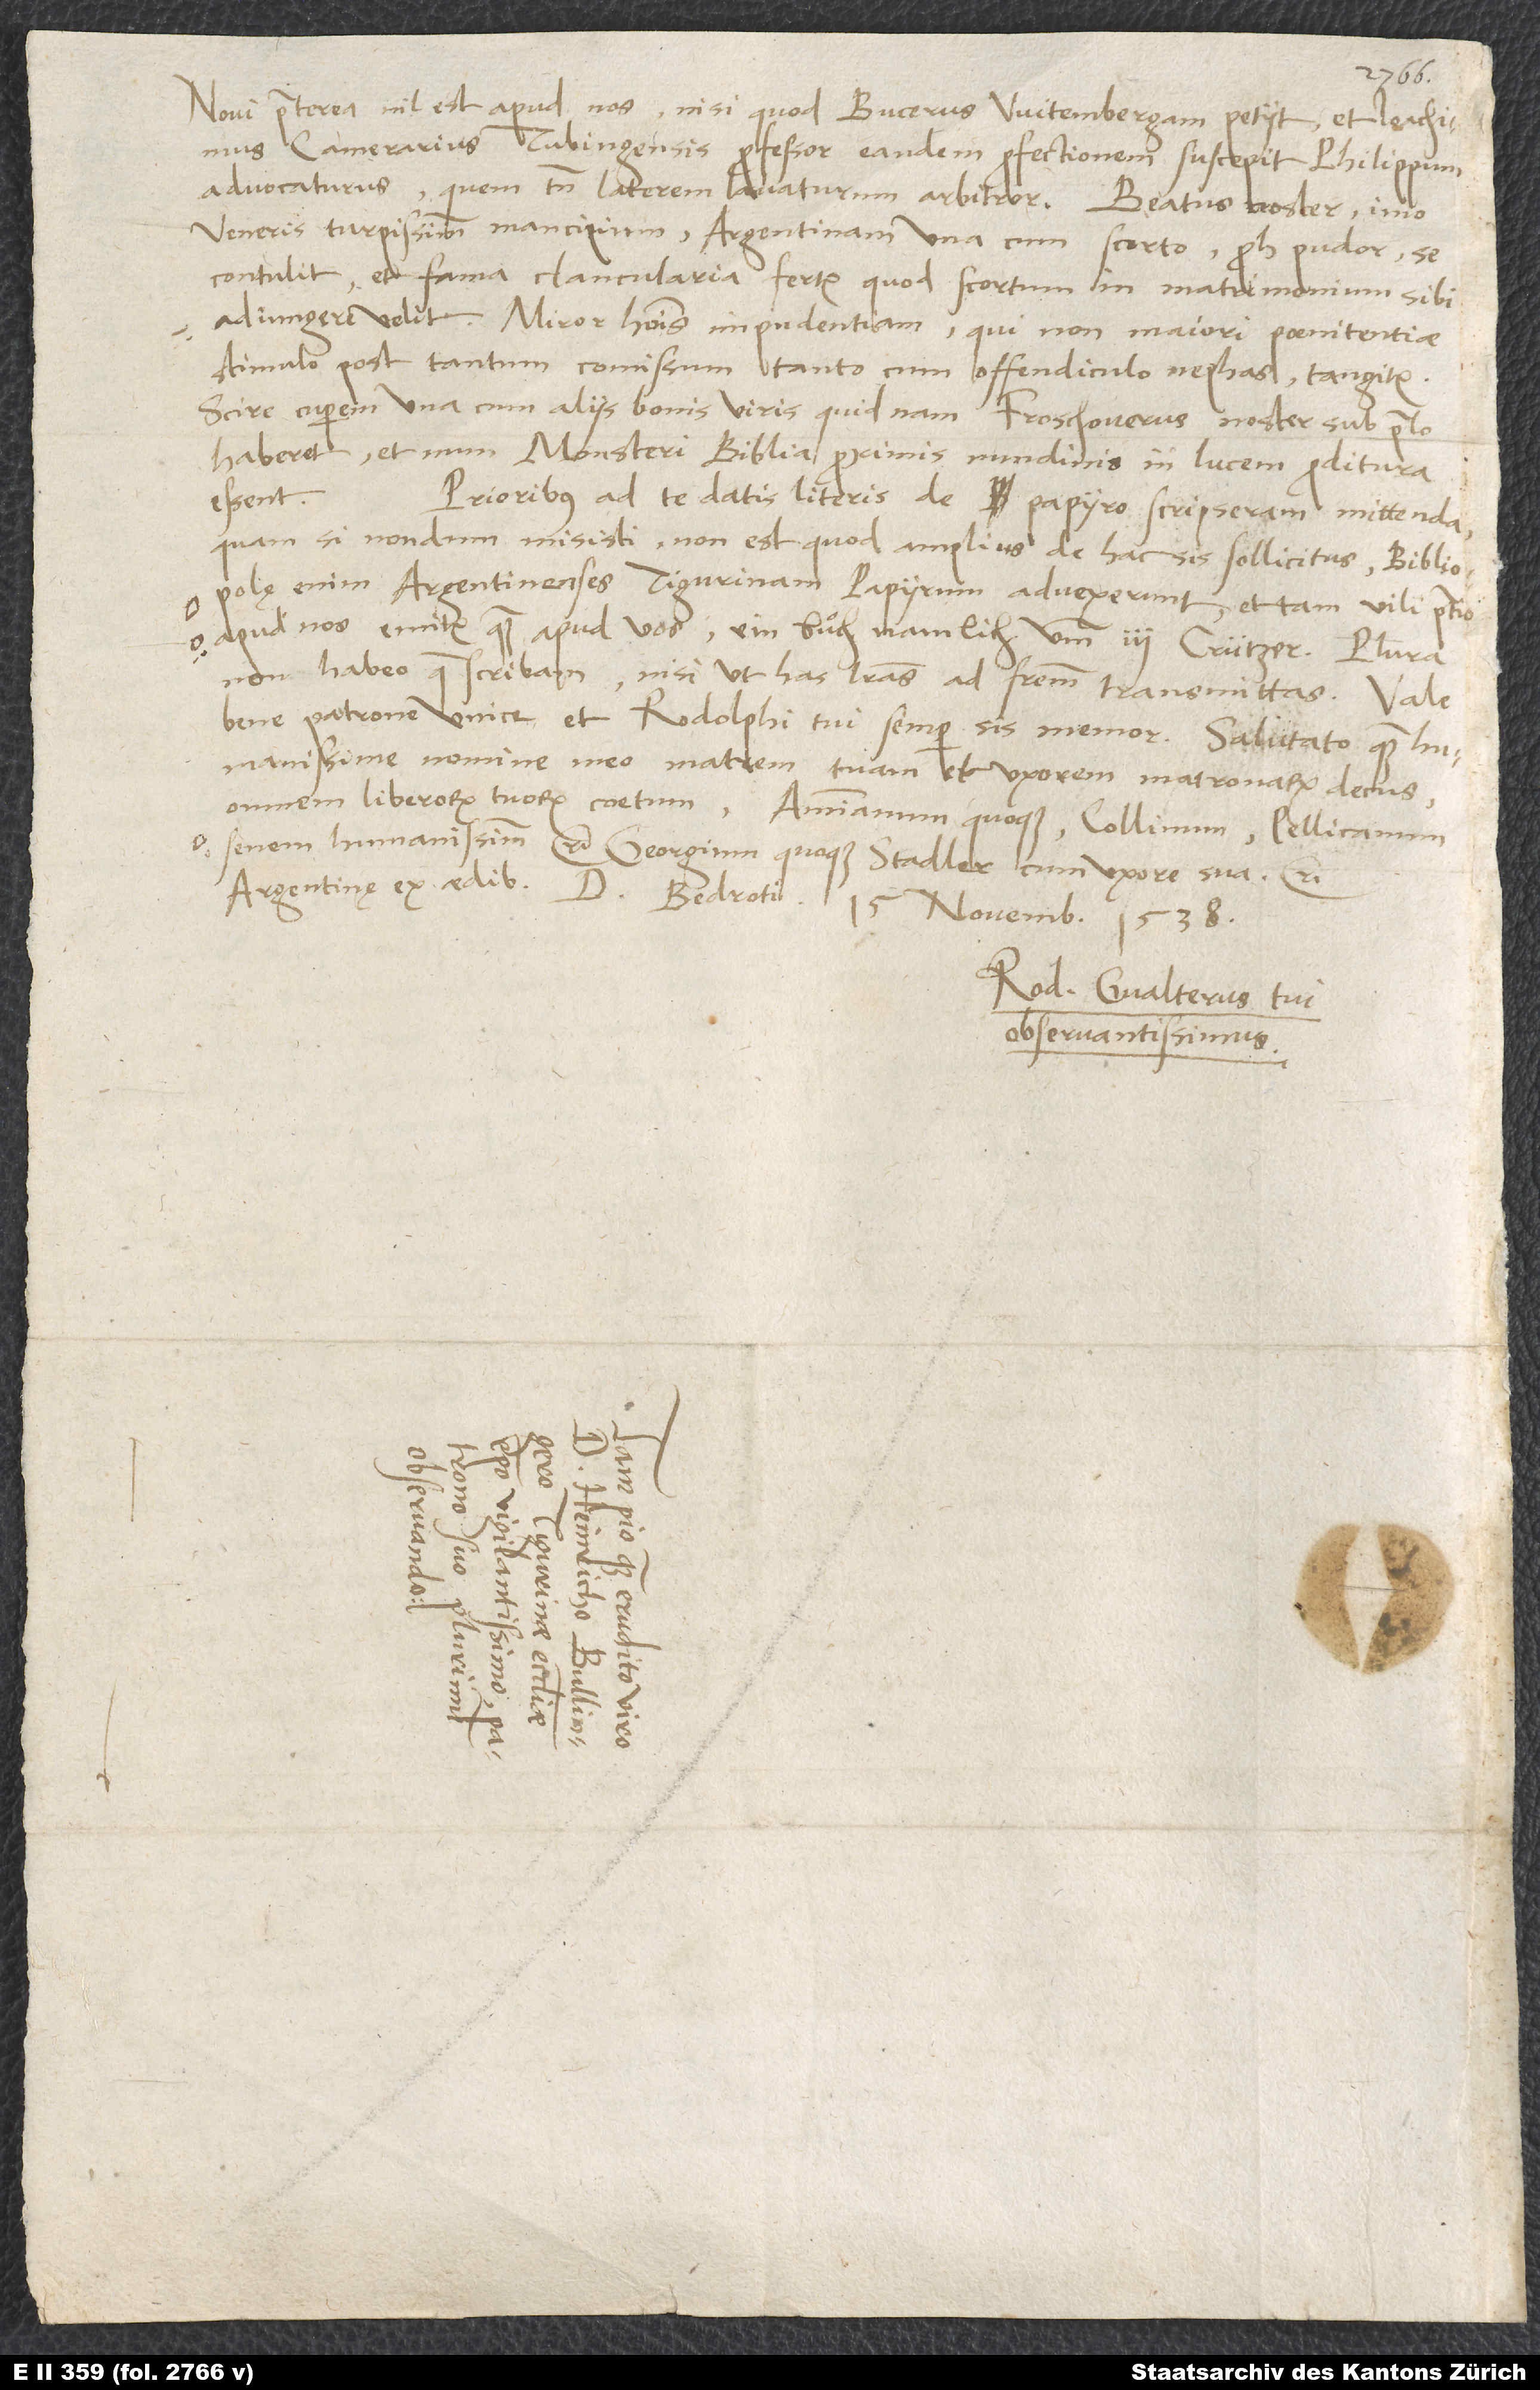
Novi praeterea nil est apud nos, nisi quod Bucerus Witembergam petiit et Ioachimus
Camerarius, Tubingensis professor, eandem profectionem suscepit Philippum
advocaturus, quem tamen laterem lavaturum arbitror. Beatus noster, imo
Veneris turpissimum mancipium, Argentinam una cum scorto, proh pudor, se
contulit, et fama clancularia fertur, quod scortum in matrimonium sibi
adiungere velit. Miror hominis impudentiam, qui non maiori poenitentiae
stimulo post tantum comissum tanto cum offendiculo nephas tangitur.
Scire cuperem una cum aliis bonis viris, quid nam Froschouerus noster sub prelo
haberet et num Monsteri Biblia proximis nundinis in lucem proditura
essent.
Prioribus ad te datis literis de papyro scripseram mittenda,
quam si nondum misisti, non est, quod amplius de hac sis sollicitus. Bibliopolę
enim Argentinenses Tigurinam papyrum advexerunt, et tam vili pretio
apud nos emitur quam apud vos, ein buͦch namlich umb 3 crützer.
non habeo, quae scribam, nisi ut has literas ad fratrem transmittas. Vale
bene, patrone unice, et Rodolphi tui semper sis memor. Salutato quam
humanissime nomine meo matrem tuam et uxorem, matronarum decus,
omnem liberorum tuorum coetum, Ammianum quoque, Collinum, Pellicanum
senem humanissimum etc., Georgium quoque Stadler cum uxore sua etc.
Argentinae, ex aedibus d. Bedroti, 15. novembris 1538.
Rod. Gvalterus, tui
observantissimus.